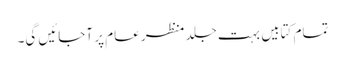
تمام کتابیں بہت جلد منظر عام پر آجائیں گی۔